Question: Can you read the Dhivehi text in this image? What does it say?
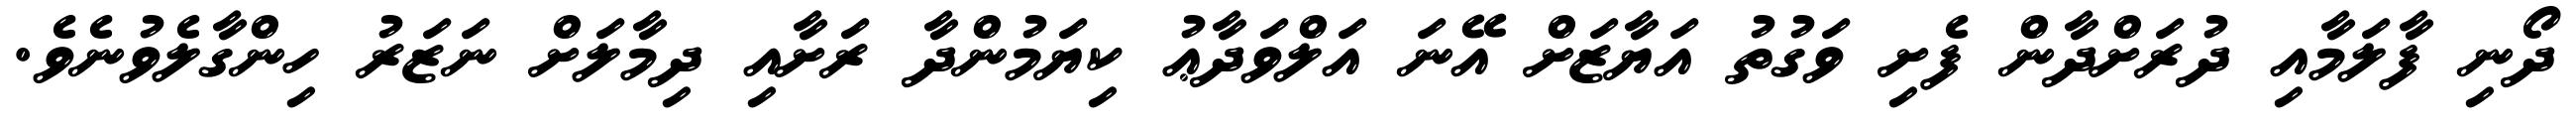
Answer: ދޯނި ފާލަމާއި ދުރަށްދާން ފެށި ވަގުތު އަޔާޒަށް އޭނަ އަލްވަދާޢު ކިޔަމުންދާ ރަށާއި ދިމާލަށް ނަޒަރު ހިންގާލެވުނެވެ.